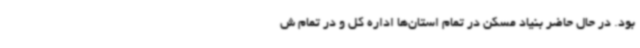
بود. در حال حاضر بنیاد مسکن در تمام استان‌ها اداره کل و در تمام ش